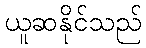
ယူဆနိုင်သည်